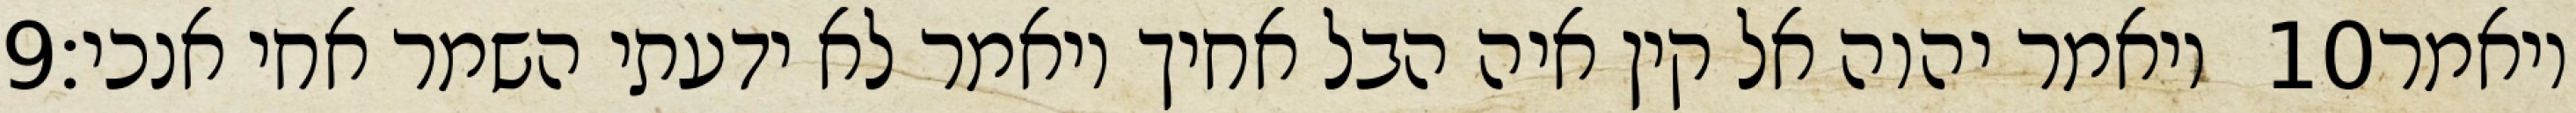
‎9‏ ויאמר יהוה אל קין איה הבל אחיך ויאמר לא ידעתי השמר אחי אנכי׃ ‎10‏ ויאמר